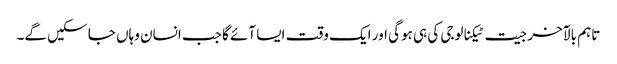
تاہم بالآخر جیت ٹیکنالوجی کی ہی ہوگی اور ایک وقت ایسا آئے گا جب انسان وہاں جا سکیں گے۔